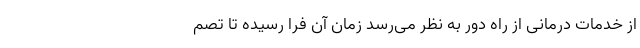
از خدمات درمانی از راه دور به نظر می‌رسد زمان آن فرا رسیده تا تصم